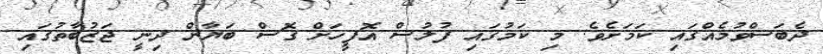
ދެބަސްވުމެއްގައި ކަމަށެވެ. މި ކަމުގައި ފުލުސް އޮފީހަށް ގޮސް ބަޔާން ދިނީ ޖަޒުބާތުގައި